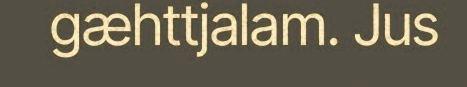
gæhttjalam. Jus